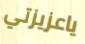
ياعزيزتي